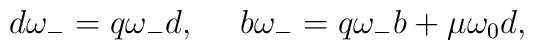
d\omega _{-}=q\omega _{-}d,~~~~b\omega _{-}=q\omega _{-}b+\mu \omega _{0}d,